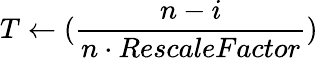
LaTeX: T\leftarrow(\frac{n-i}{n\cdot RescaleFactor})